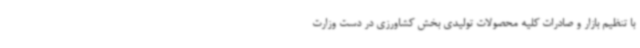
با تنظیم بازار و صادرات کلیه محصولات تولیدی بخش کشاورزی در دست وزارت